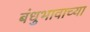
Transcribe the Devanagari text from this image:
बंधुभावाच्या